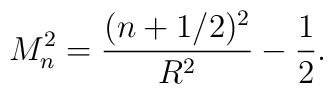
M_n^2 = \frac{(n+1/2)^2}{R^2} - \frac{1}{2}.